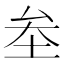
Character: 𡊄